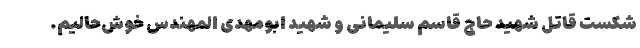
شکست قاتل شهید حاج قاسم سلیمانی و شهید ابومهدی المهندس خوش‌حالیم.